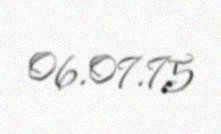
06.07.75